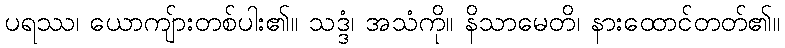
ပရဿ၊ ယောကျ်ားတစ်ပါး၏။ သဒ္ဒံ၊ အသံကို။ နိသာမေတိ၊ နားထောင်တတ်၏။